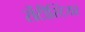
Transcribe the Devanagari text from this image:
सेंटीस्टियर